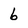
Character: 6